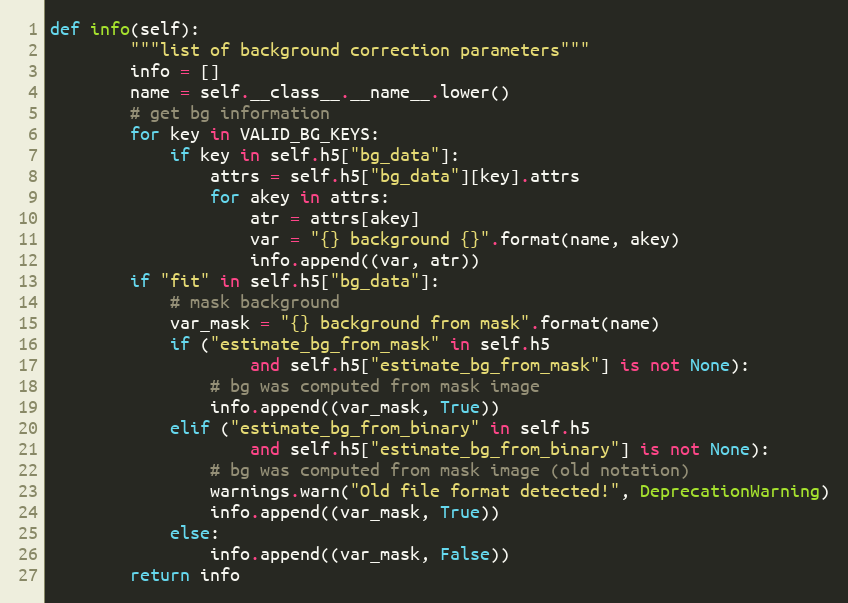
Language: Python
def info(self):
        """list of background correction parameters"""
        info = []
        name = self.__class__.__name__.lower()
        # get bg information
        for key in VALID_BG_KEYS:
            if key in self.h5["bg_data"]:
                attrs = self.h5["bg_data"][key].attrs
                for akey in attrs:
                    atr = attrs[akey]
                    var = "{} background {}".format(name, akey)
                    info.append((var, atr))
        if "fit" in self.h5["bg_data"]:
            # mask background
            var_mask = "{} background from mask".format(name)
            if ("estimate_bg_from_mask" in self.h5
                    and self.h5["estimate_bg_from_mask"] is not None):
                # bg was computed from mask image
                info.append((var_mask, True))
            elif ("estimate_bg_from_binary" in self.h5
                    and self.h5["estimate_bg_from_binary"] is not None):
                # bg was computed from mask image (old notation)
                warnings.warn("Old file format detected!", DeprecationWarning)
                info.append((var_mask, True))
            else:
                info.append((var_mask, False))
        return info